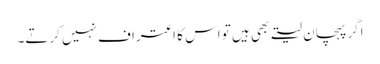
اگر پہچان لیتے بھی ہیں تو اس کا اعتراف نہیں کرتے۔